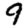
Digit: 9